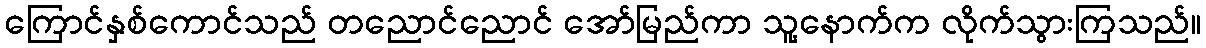
ကြောင်နှစ်ကောင်သည် တညောင်ညောင် အော်မြည်ကာ သူ့နောက်က လိုက်သွားကြသည်။